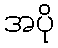
အပို